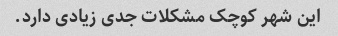
این شهر کوچک مشکلات جدی زیادی دارد.